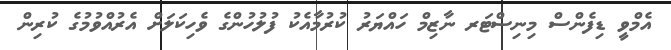
އެމްވީ ޑިފެންސް މިނިސްޓަރ ނާޒިމް ހައްޔަރު ކުރުމާއެކު ފުލުހުންގެ ވެހިކަލަށް އެރުއްވުމުގެ ކުރިން